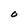
Character: O